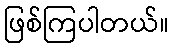
ဖြစ်ကြပါတယ်။